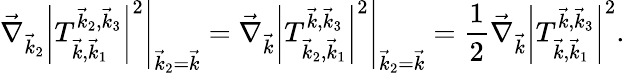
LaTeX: \left.\vec{\nabla}_{\vec{k}_{2}}\left|T_{\vec{k},\vec{k}_{1}}^{\vec{k}_{2},\vec{k}_{3}}\right|^{2}\right|_{\vec{k}_{2}=\vec{k}}=\left.\vec{\nabla}_{\vec{k}}\left|T_{\vec{k}_{2},\vec{k}_{1}}^{\vec{k},\vec{k}_{3}}\right|^{2}\right|_{\vec{k}_{2}=\vec{k}}=\frac{1}{2}\vec{\nabla}_{\vec{k}}\left|T_{\vec{k},\vec{k}_{1}}^{\vec{k},\vec{k}_{3}}\right|^{2}.